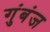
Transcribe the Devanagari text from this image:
गुंबंज